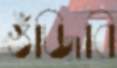
গুঁজিবি